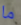
ما